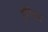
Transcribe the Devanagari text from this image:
हुरियारे